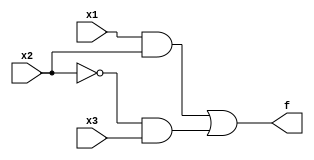
module example(x1,x2,x3,f);
	input x1,x2,x3;
	output f;
	and(g,x1,x2);
	not(k,x2);
	and(h,k,x3);
	or(f,g,h);
endmodule